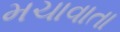
મચાવાતા